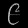
Digit: ၉